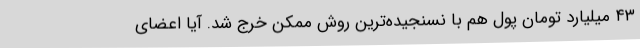
۴۳ میلیارد تومان پول هم با نسنجیده‌ترین روش ممکن خرج شد. آیا اعضای